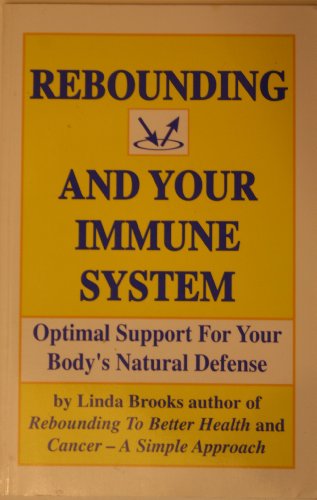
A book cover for Rebounding and Your Immune System; Linda Brooks; Health, Fitness & Dieting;